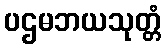
ပဌမဘယသုတ္တံ